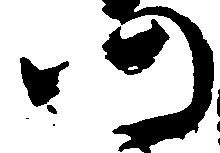
仍